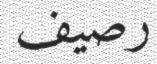
رصيف